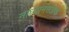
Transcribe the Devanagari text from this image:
नाध्यानसंज्ञक